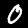
Digit: 0